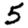
Digit: 5